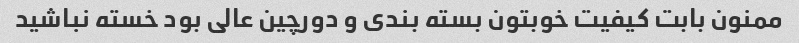
ممنون بابت کیفیت خوبتون بسته بندی و دورچین عالی بود خسته نباشید